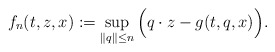
\begin{align*}f_n(t,z,x):=\sup_{ \|q\|\le n}\Big(q \cdot z - g(t,q,x) \Big).\end{align*}